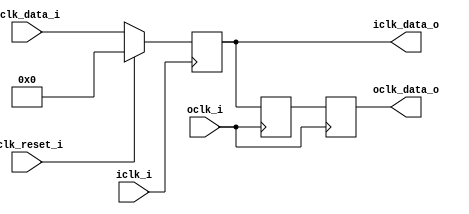


module bsg_launch_sync_sync_posedge_8_unit
(
  iclk_i,
  iclk_reset_i,
  oclk_i,
  iclk_data_i,
  iclk_data_o,
  oclk_data_o
);

  input [7:0] iclk_data_i;
  output [7:0] iclk_data_o;
  output [7:0] oclk_data_o;
  input iclk_i;
  input iclk_reset_i;
  input oclk_i;
  wire N0,N1,N2,N3,N4,N5,N6,N7,N8,N9,N10;
  reg [7:0] iclk_data_o,bsg_SYNC_1_r,oclk_data_o;
  assign { N10, N9, N8, N7, N6, N5, N4, N3 } = (N0)? { 1'b0, 1'b0, 1'b0, 1'b0, 1'b0, 1'b0, 1'b0, 1'b0 } : 
                                               (N1)? iclk_data_i : 1'b0;
  assign N0 = iclk_reset_i;
  assign N1 = N2;
  assign N2 = ~iclk_reset_i;

  always @(posedge iclk_i) begin
    if(1'b1) begin
      { iclk_data_o[7:0] } <= { N10, N9, N8, N7, N6, N5, N4, N3 };
    end 
  end


  always @(posedge oclk_i) begin
    if(1'b1) begin
      { bsg_SYNC_1_r[7:0] } <= { iclk_data_o[7:0] };
      { oclk_data_o[7:0] } <= { bsg_SYNC_1_r[7:0] };
    end 
  end


endmodule



module bsg_launch_sync_sync_width_p64
(
  iclk_i,
  iclk_reset_i,
  oclk_i,
  iclk_data_i,
  iclk_data_o,
  oclk_data_o
);

  input [63:0] iclk_data_i;
  output [63:0] iclk_data_o;
  output [63:0] oclk_data_o;
  input iclk_i;
  input iclk_reset_i;
  input oclk_i;
  wire [63:0] iclk_data_o,oclk_data_o;

  bsg_launch_sync_sync_posedge_8_unit
  sync_p_maxb_0__blss
  (
    .iclk_i(iclk_i),
    .iclk_reset_i(iclk_reset_i),
    .oclk_i(oclk_i),
    .iclk_data_i(iclk_data_i[7:0]),
    .iclk_data_o(iclk_data_o[7:0]),
    .oclk_data_o(oclk_data_o[7:0])
  );


  bsg_launch_sync_sync_posedge_8_unit
  sync_p_maxb_1__blss
  (
    .iclk_i(iclk_i),
    .iclk_reset_i(iclk_reset_i),
    .oclk_i(oclk_i),
    .iclk_data_i(iclk_data_i[15:8]),
    .iclk_data_o(iclk_data_o[15:8]),
    .oclk_data_o(oclk_data_o[15:8])
  );


  bsg_launch_sync_sync_posedge_8_unit
  sync_p_maxb_2__blss
  (
    .iclk_i(iclk_i),
    .iclk_reset_i(iclk_reset_i),
    .oclk_i(oclk_i),
    .iclk_data_i(iclk_data_i[23:16]),
    .iclk_data_o(iclk_data_o[23:16]),
    .oclk_data_o(oclk_data_o[23:16])
  );


  bsg_launch_sync_sync_posedge_8_unit
  sync_p_maxb_3__blss
  (
    .iclk_i(iclk_i),
    .iclk_reset_i(iclk_reset_i),
    .oclk_i(oclk_i),
    .iclk_data_i(iclk_data_i[31:24]),
    .iclk_data_o(iclk_data_o[31:24]),
    .oclk_data_o(oclk_data_o[31:24])
  );


  bsg_launch_sync_sync_posedge_8_unit
  sync_p_maxb_4__blss
  (
    .iclk_i(iclk_i),
    .iclk_reset_i(iclk_reset_i),
    .oclk_i(oclk_i),
    .iclk_data_i(iclk_data_i[39:32]),
    .iclk_data_o(iclk_data_o[39:32]),
    .oclk_data_o(oclk_data_o[39:32])
  );


  bsg_launch_sync_sync_posedge_8_unit
  sync_p_maxb_5__blss
  (
    .iclk_i(iclk_i),
    .iclk_reset_i(iclk_reset_i),
    .oclk_i(oclk_i),
    .iclk_data_i(iclk_data_i[47:40]),
    .iclk_data_o(iclk_data_o[47:40]),
    .oclk_data_o(oclk_data_o[47:40])
  );


  bsg_launch_sync_sync_posedge_8_unit
  sync_p_maxb_6__blss
  (
    .iclk_i(iclk_i),
    .iclk_reset_i(iclk_reset_i),
    .oclk_i(oclk_i),
    .iclk_data_i(iclk_data_i[55:48]),
    .iclk_data_o(iclk_data_o[55:48]),
    .oclk_data_o(oclk_data_o[55:48])
  );


  bsg_launch_sync_sync_posedge_8_unit
  sync_p_maxb_7__blss
  (
    .iclk_i(iclk_i),
    .iclk_reset_i(iclk_reset_i),
    .oclk_i(oclk_i),
    .iclk_data_i(iclk_data_i[63:56]),
    .iclk_data_o(iclk_data_o[63:56]),
    .oclk_data_o(oclk_data_o[63:56])
  );


endmodule